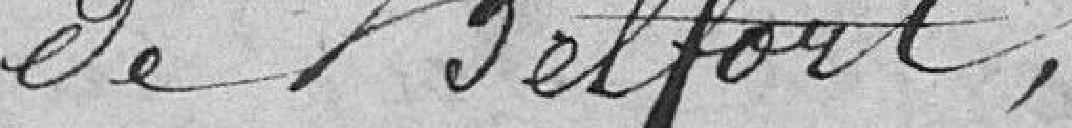
de Belfort,